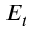
E _ { t }